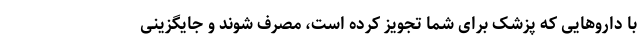
با داروهایی که پزشک برای شما تجویز کرده است، مصرف شوند و جایگزینی